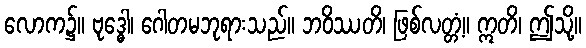
လောက၌။ ဗုဒ္ဓေါ၊ ဂေါတမဘုရားသည်။ ဘဝိဿတိ၊ ဖြစ်လတ္တံ့။ ဣတိ၊ ဤသို့။